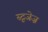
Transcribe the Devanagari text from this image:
स्टूजेज़